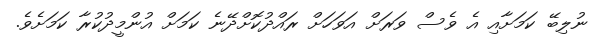
ނުލިބޭ ކަމަށާއި އެ ވެސް ވަރަށް އަަވަހަށް ރައްދުކޮށްދޭނެ ކަމަށް އުންމީދުކުރާ ކަމަށެވެ.